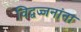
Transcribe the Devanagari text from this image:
विद्वज्जनांना